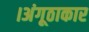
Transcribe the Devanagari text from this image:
।अंगूठाकार